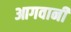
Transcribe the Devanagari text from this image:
आगवानी